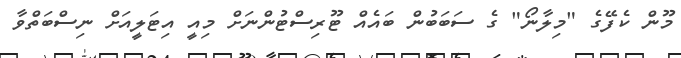
މޫން ކެފޭގެ "މިލާނޯ" ގެ ސަބަބުން ބައެއް ޓޫރިސްޓުންނަށް މިއީ އިޓަލީއަށް ނިސްބަތްވާ